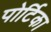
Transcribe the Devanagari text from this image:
पोर्टिका